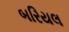
બરિયલ